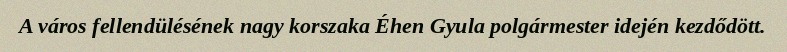
A város fellendülésének nagy korszaka Éhen Gyula polgármester idején kezdődött.